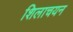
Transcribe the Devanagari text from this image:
शिलाचयन